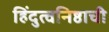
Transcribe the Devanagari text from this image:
हिंदुत्वनिष्ठाची